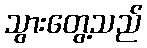
သွားတွေ့သည်